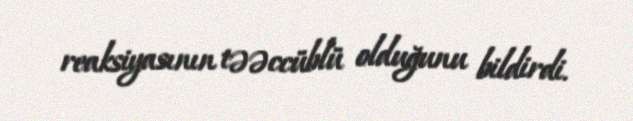
reaksiyasının təəccüblü olduğunu bildirdi.